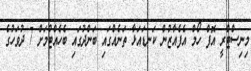
މިނިސްޓްރީ އޮފް ހޯމް އެފެއާޒުން ކަނޑައަޅާ ތަނެއްގައި ބަންދުގައި ބެހެއްޓުމަށް 7 ދުވަހުގެ